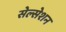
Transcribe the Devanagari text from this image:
सेल्सेशन